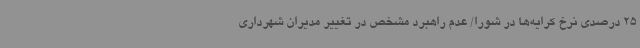
25 درصدی نرخ کرایه‌ها در شورا/ عدم راهبرد مشخص در تغییر مدیران شهرداری